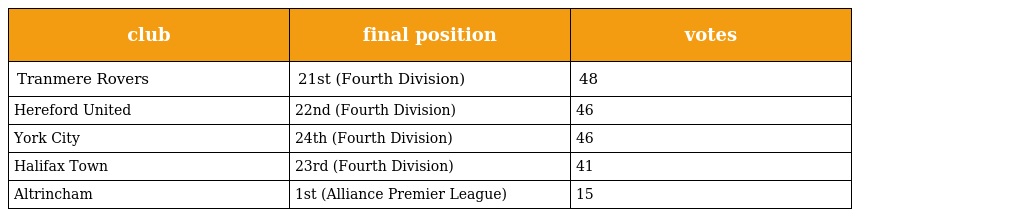
| club | final position | votes |
 | --- | --- | --- |
 | Tranmere Rovers | 21st (Fourth Division) | 48 |
 | Hereford United | 22nd (Fourth Division) | 46 |
 | York City | 24th (Fourth Division) | 46 |
 | Halifax Town | 23rd (Fourth Division) | 41 |
 | Altrincham | 1st (Alliance Premier League) | 15 |